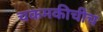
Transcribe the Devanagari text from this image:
चकमकीचीच